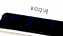
إخراجهم